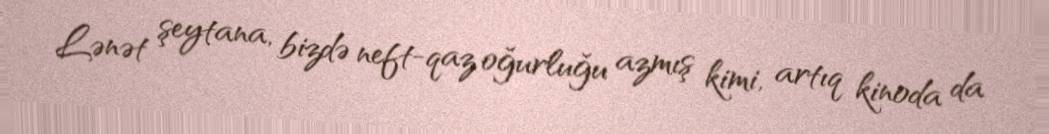
Lənət şeytana, bizdə neft-qaz oğurluğu azmış kimi, artıq kinoda da